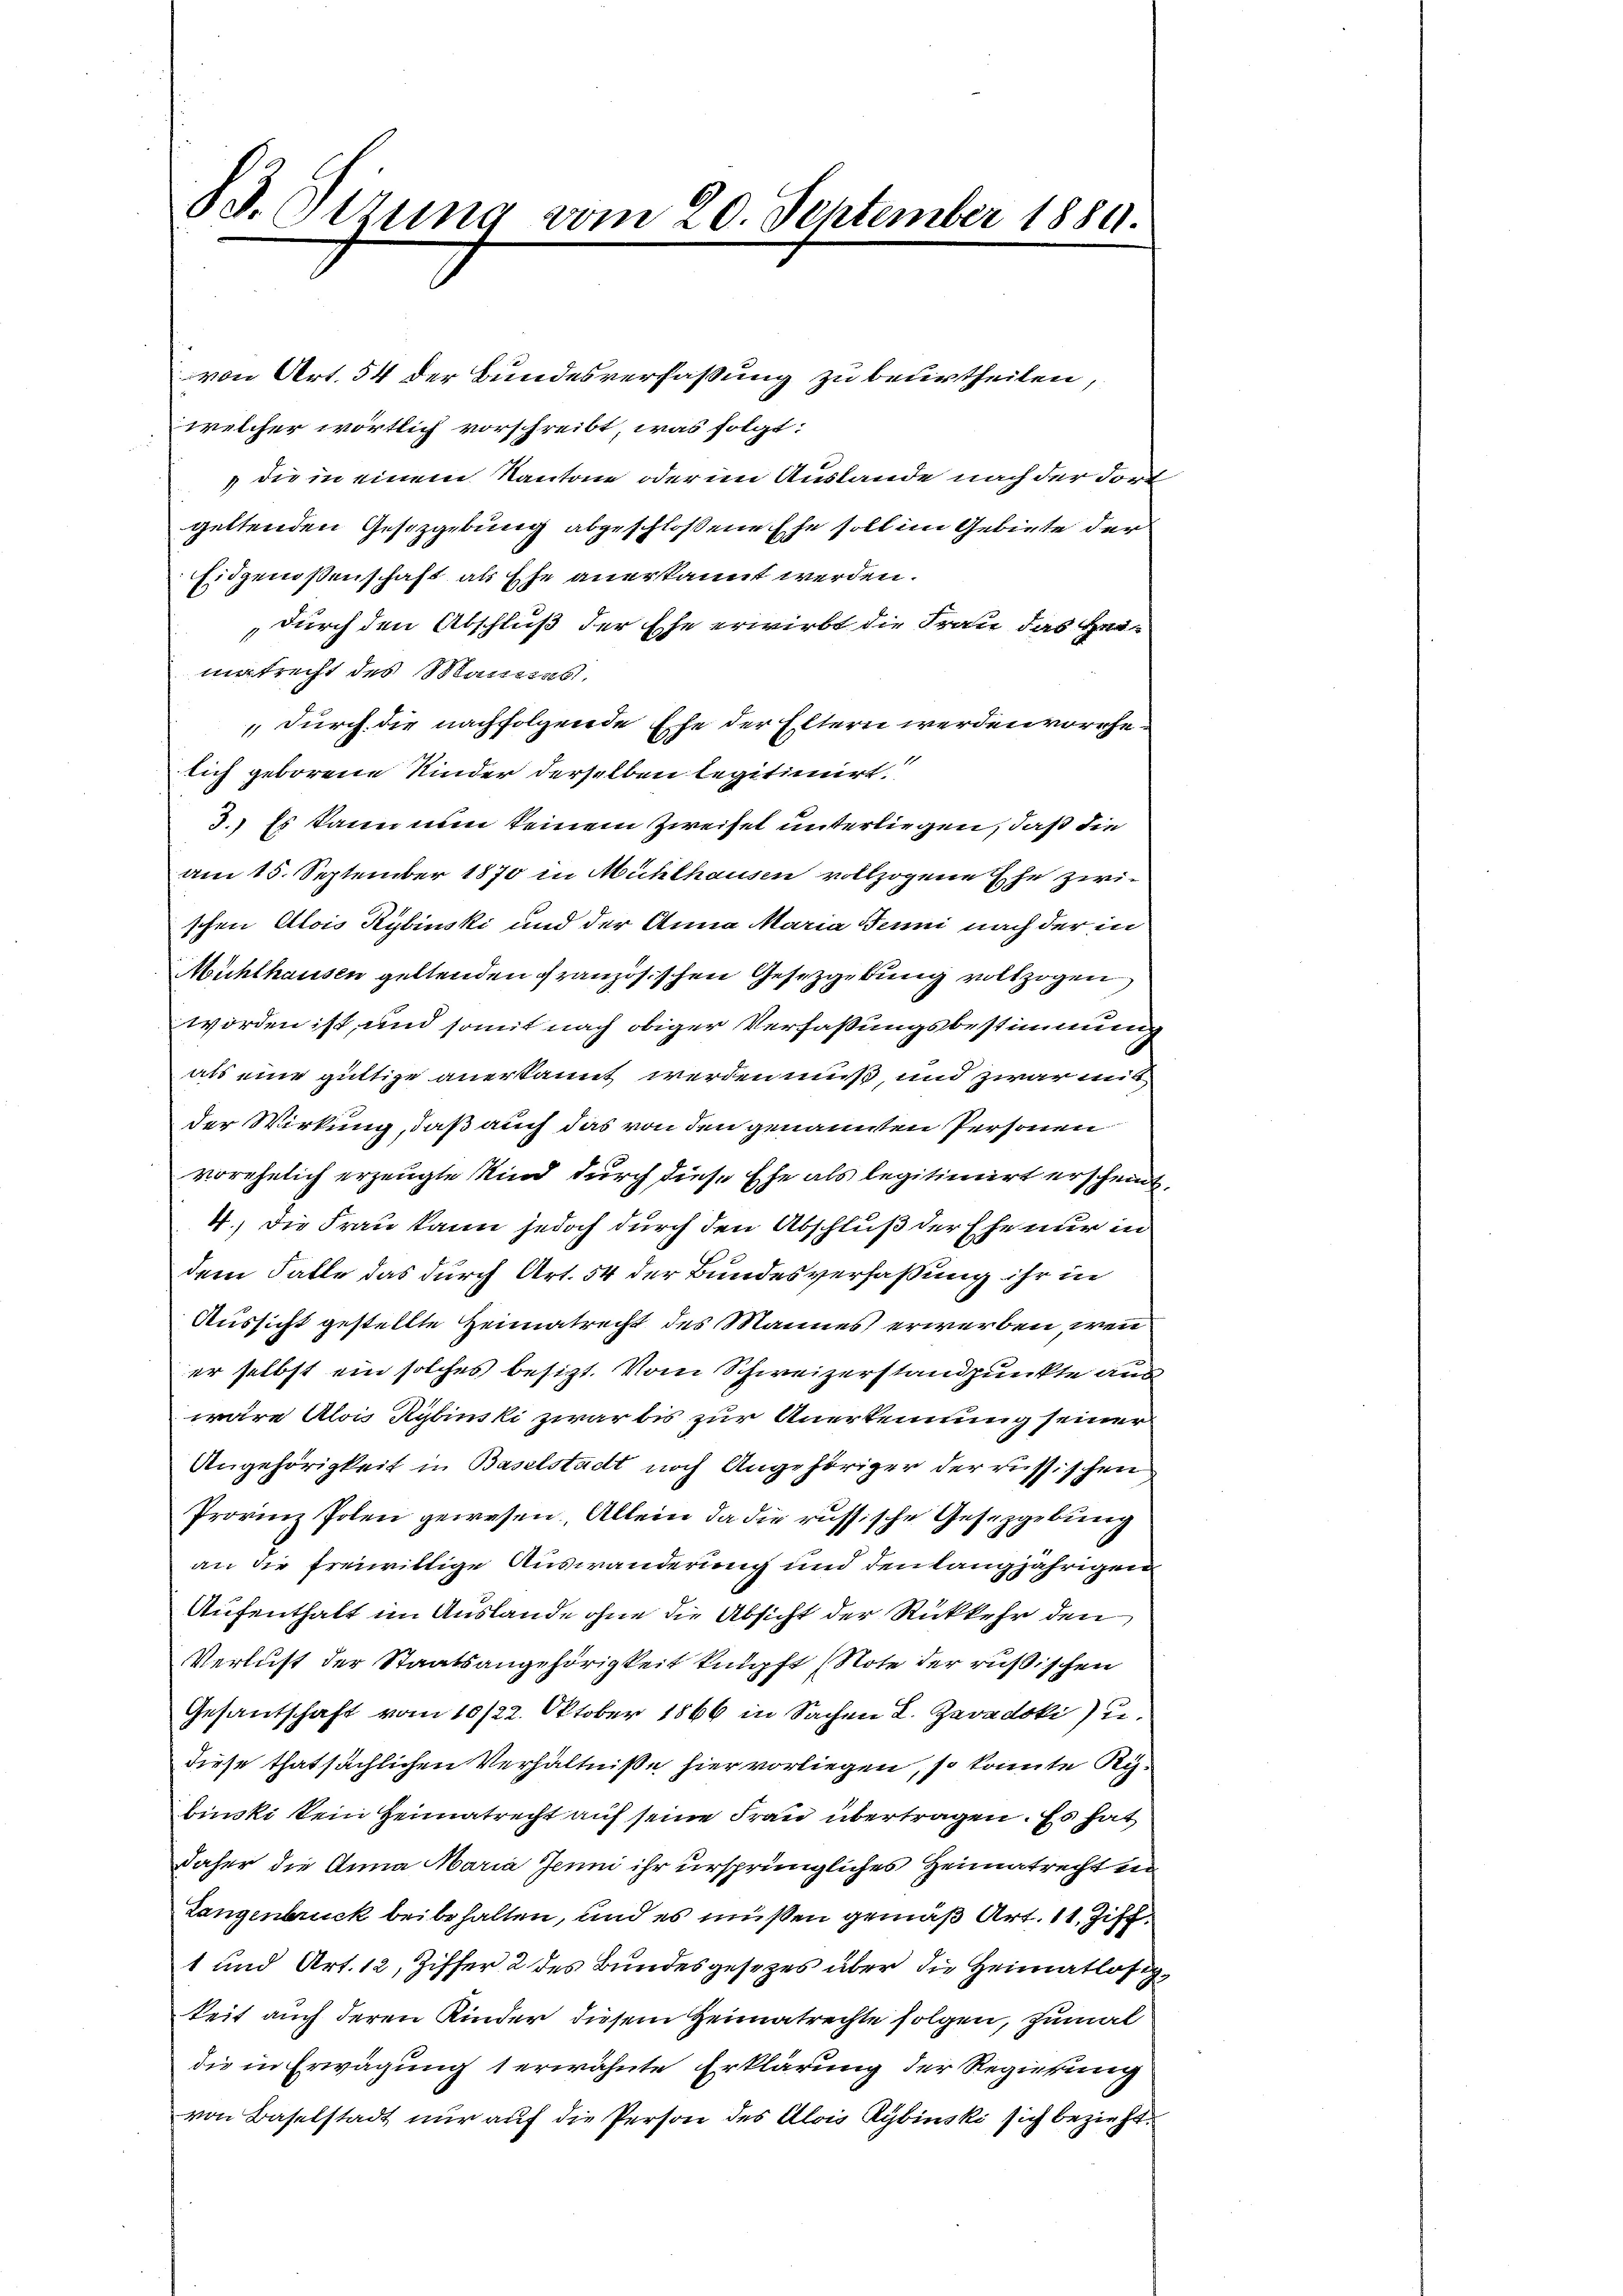
B3. Sizung vom 20. September 1889.

von Art. 54 der Bundesverfassung zu beurtheilen,
welcher wörtlich vorschreibt, was folgt:
die in einem Kantone oder im Auslande nach der durch
geltenden Gesetzgebung abgeschloßene Ehe soll im Gebiete der
Eidgenossenschaft als Ehe anerkannt werden.
durch den Abschluß der Ehe erwirbt die Frau das Heimatrecht des Maueras
 durch die nachfolgende Ehe der Eltern werden vorehelich geborene Kinder derselben legitimirt.
3.) Es kann nun keinem Zweiset unterliegen, daß die
am 15. September 1870 in Mühlhausen vollzogene Ehe zwischen Alois Kybinski und der Anna Maria Jenni nach der in
Mühlhausen geltenden Französischen Gesetzgebung vollzogen
worden ist, und somit nach obiger Verfaßungsbestimmung
als eine güttige anerkannt werden muß, und zwar mit
der Wirkung, daß auch das von den genannten Personen
vorehelich erzeugte Kind durch diese Ehe als legitimirt erscheint,
4.) Die Frau kann jedoch durch den Abschluß der Ehe nur in
dem Falle das durch Art. 54 der Bundesverfaßung ihr in
Aussicht gestellte Heimatrecht des Mannes erwerben, wenn
er selbst ein solches besizt. Vom Schweizerstandpunkte aus
wäre Alois Kybinski zwar bis zur Anerkennung seiner
Angehörigkeit in Baselstadt noch Angehöriger der russischen
Provinz Polen gewesen. Allein da die russische Gesetzgebung
an die freiwillige Auswanderung und den langjährigen
Aufenthalt im Auslande ohne die Absicht der Rückkehr den
Verlust der Staatsangehörigkeit knüpft (Note der rußischen
Gesantschaft vom 10/22. Oktober 1866 in Sachen L. Zevadski u
diese thatsächlichen Verhältniße hier vorliegen, so konnte Rebinski kein Heimatrecht auf seine Frau übertragen. Es hat
daher die Anna Maria Jenni ihr ursprüngliches Heimatrecht un
Langenbruck beibehalten, und es müßen gemäß Art. 11, Ziff.
1 und Art. 12, Ziffer 2 des Bundesgesetzes über die Heimatlosigkeit auch deren Kinder diesem Heimatrechte folgen, zumal
die in Erwägung 1 erwähnte Erklärung der Regierung
von Baselstadt nur auf die Person des Alois Rybinski sich bezieht.